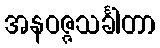
အနဝဇ္ဇသင်္ခါတာ